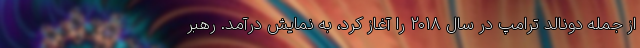
از جمله دونالد ترامپ در سال ۲۰۱۸ را آغاز کرد، به نمایش درآمد. رهبر